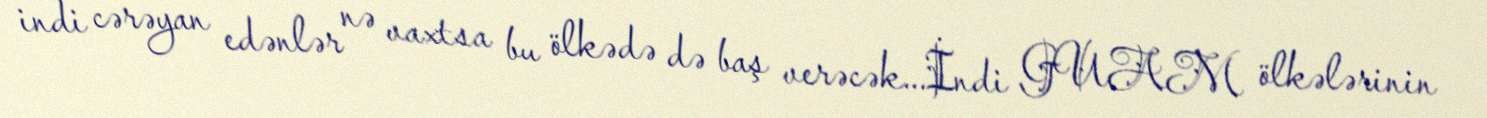
indi cərəyan edənlər nə vaxtsa bu ölkədə də baş verəcək...İndi GUAM ölkələrinin